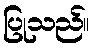
ပြုသည်။